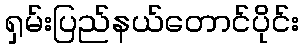
ရှမ်းပြည်နယ်တောင်ပိုင်း